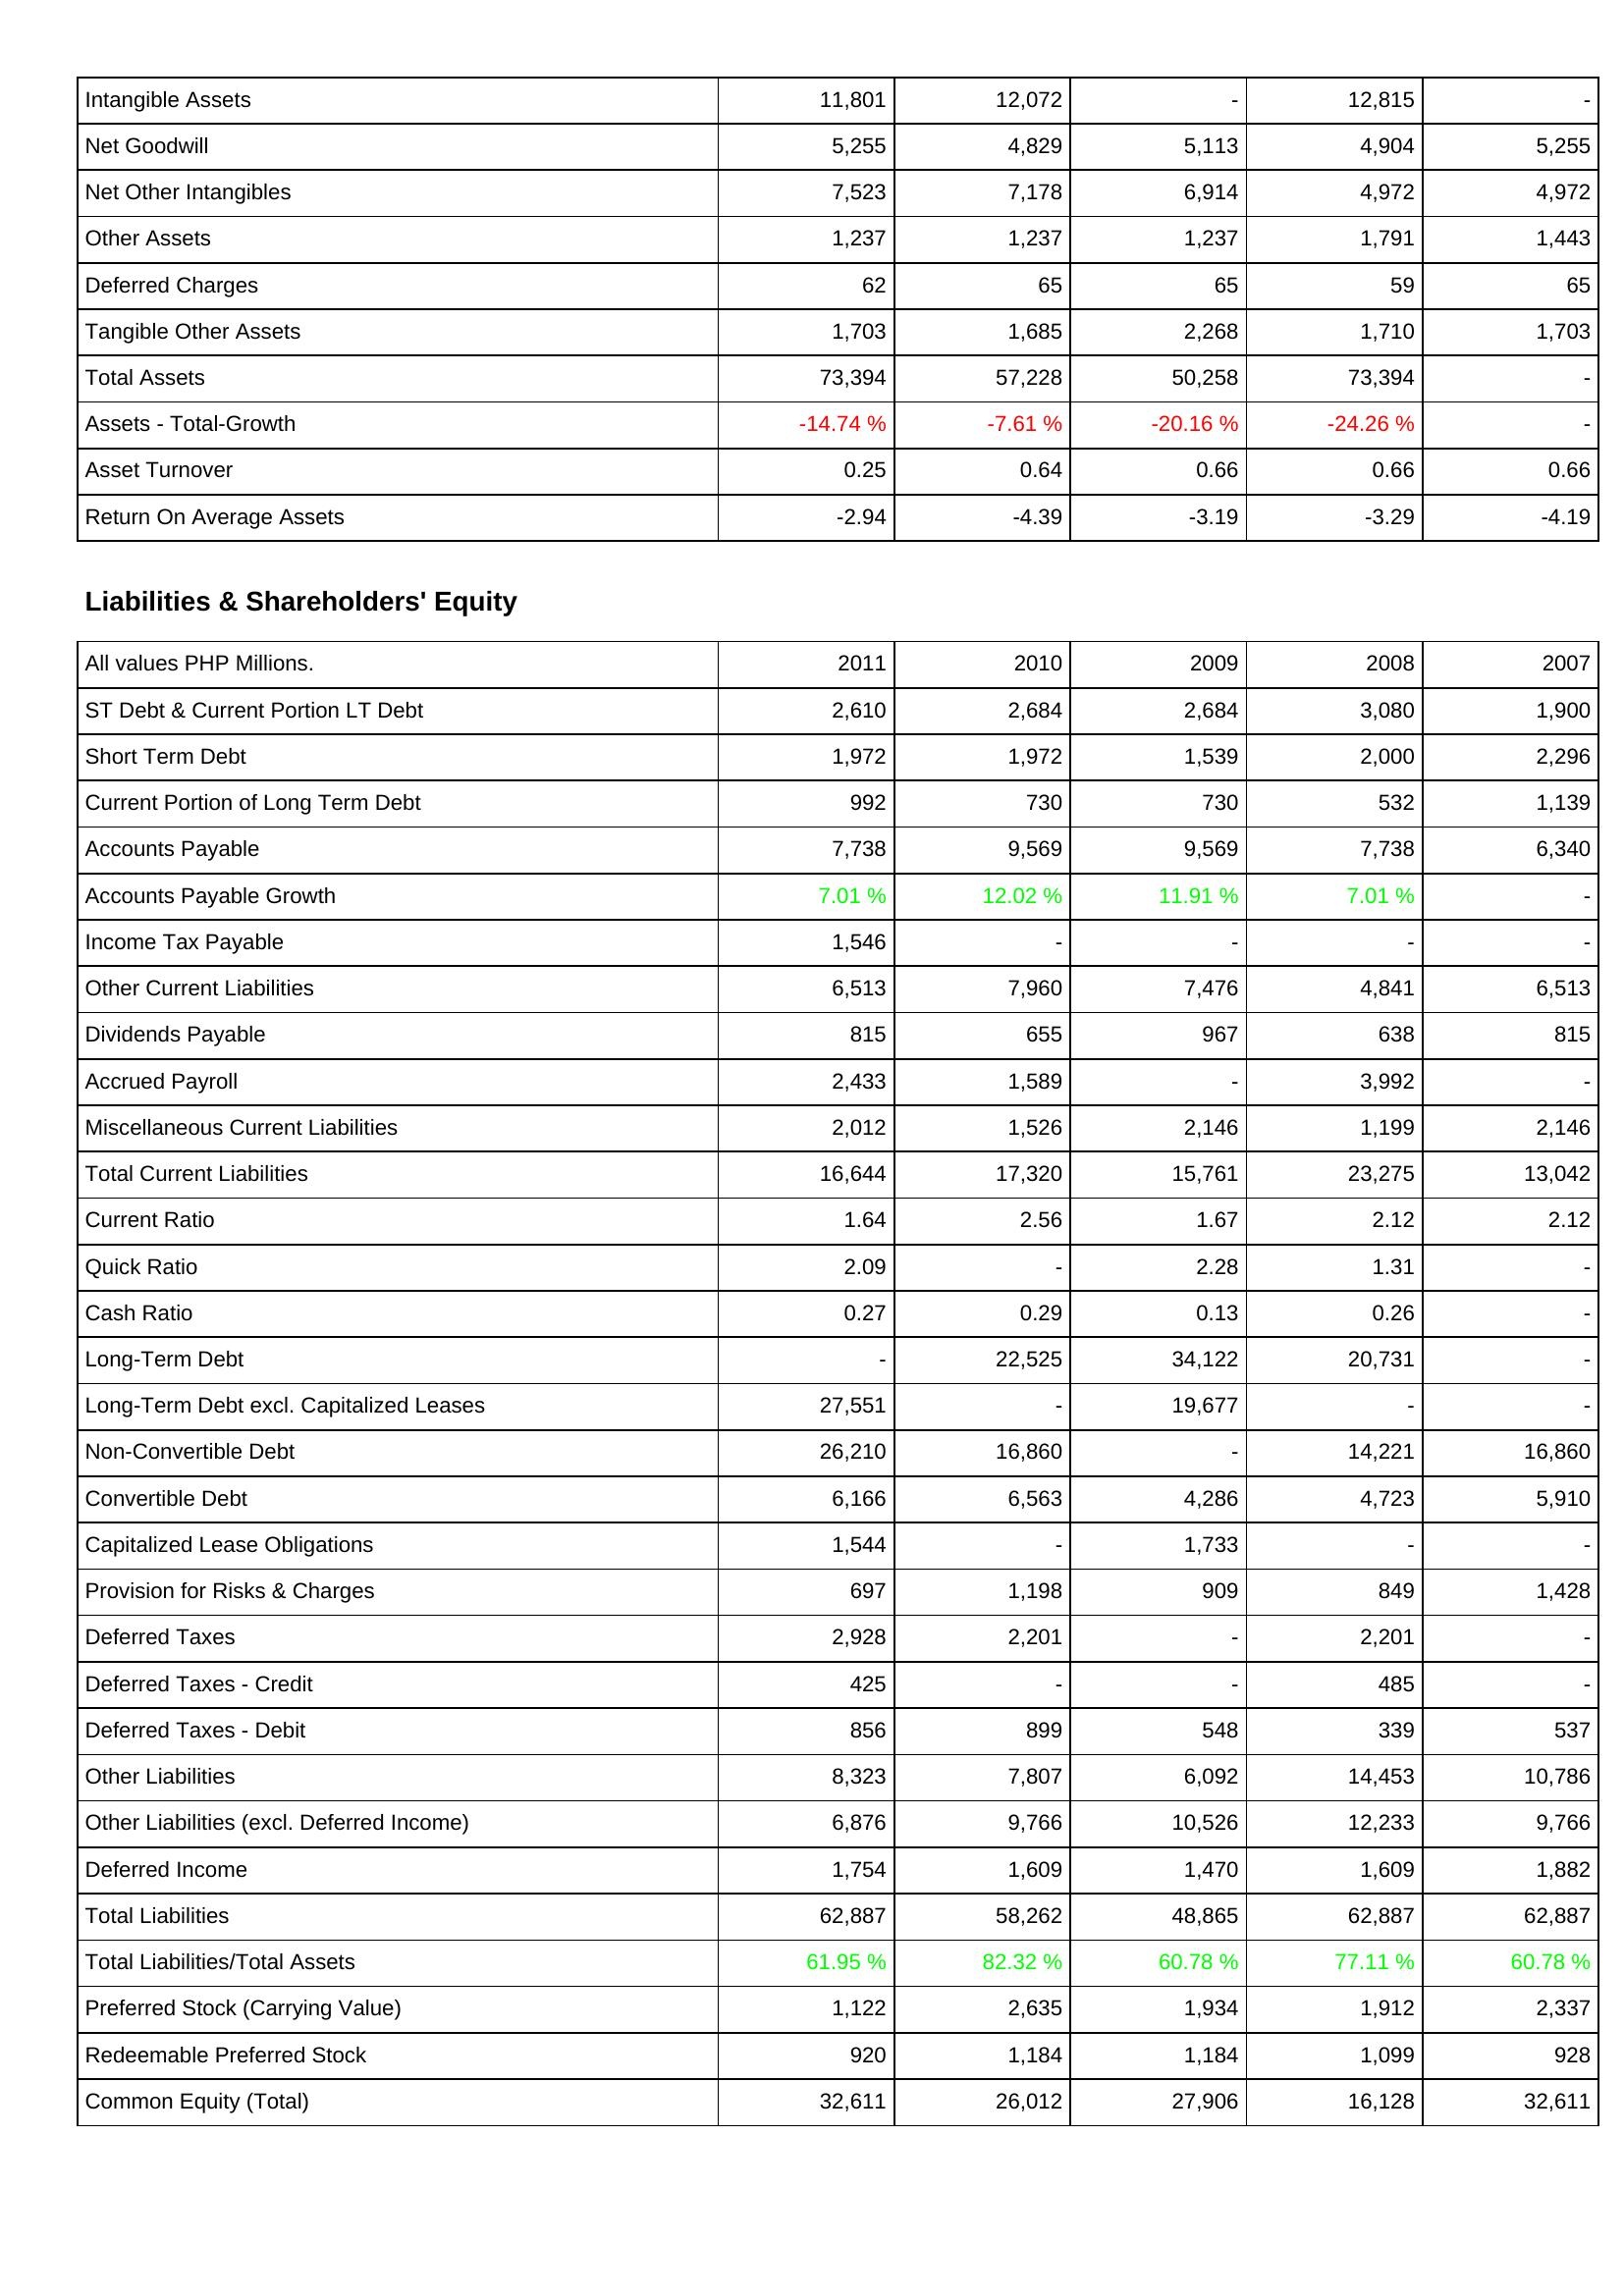
2011: Assets: Intangible Assets: 11,801
Net Goodwill: 5,255
Net Other Intangibles: 7,523
Other Assets: 1,237
Deferred Charges: 62
Tangible Other Assets: 1,703
Total Assets: 73,394
Assets - Total-Growth: -14.74 %
Asset Turnover: 0.25
Return On Average Assets: -2.94
Liabilities & Shareholders' Equity: ST Debt & Current Portion LT Debt: 2,610
Short Term Debt: 1,972
Current Portion of Long Term Debt: 992
Accounts Payable: 7,738
Accounts Payable Growth: 7.01 %
Income Tax Payable: 1,546
Other Current Liabilities: 6,513
Dividends Payable: 815
Accrued Payroll: 2,433
Miscellaneous Current Liabilities: 2,012
Total Current Liabilities: 16,644
Current Ratio: 1.64
Quick Ratio: 2.09
Cash Ratio: 0.27
Long-Term Debt: -
Long-Term Debt excl. Capitalized Leases: 27,551
Non-Convertible Debt: 26,210
Convertible Debt: 6,166
Capitalized Lease Obligations: 1,544
Provision for Risks & Charges: 697
Deferred Taxes: 2,928
Deferred Taxes - Credit: 425
Deferred Taxes - Debit: 856
Other Liabilities: 8,323
Other Liabilities (excl. Deferred Income): 6,876
Deferred Income: 1,754
Total Liabilities: 62,887
Total Liabilities/Total Assets: 61.95 %
Preferred Stock (Carrying Value): 1,122
Redeemable Preferred Stock: 920
Common Equity (Total): 32,611
2010: Assets: Intangible Assets: 12,072
Net Goodwill: 4,829
Net Other Intangibles: 7,178
Other Assets: 1,237
Deferred Charges: 65
Tangible Other Assets: 1,685
Total Assets: 57,228
Assets - Total-Growth: -7.61 %
Asset Turnover: 0.64
Return On Average Assets: -4.39
Liabilities & Shareholders' Equity: ST Debt & Current Portion LT Debt: 2,684
Short Term Debt: 1,972
Current Portion of Long Term Debt: 730
Accounts Payable: 9,569
Accounts Payable Growth: 12.02 %
Income Tax Payable: -
Other Current Liabilities: 7,960
Dividends Payable: 655
Accrued Payroll: 1,589
Miscellaneous Current Liabilities: 1,526
Total Current Liabilities: 17,320
Current Ratio: 2.56
Quick Ratio: -
Cash Ratio: 0.29
Long-Term Debt: 22,525
Long-Term Debt excl. Capitalized Leases: -
Non-Convertible Debt: 16,860
Convertible Debt: 6,563
Capitalized Lease Obligations: -
Provision for Risks & Charges: 1,198
Deferred Taxes: 2,201
Deferred Taxes - Credit: -
Deferred Taxes - Debit: 899
Other Liabilities: 7,807
Other Liabilities (excl. Deferred Income): 9,766
Deferred Income: 1,609
Total Liabilities: 58,262
Total Liabilities/Total Assets: 82.32 %
Preferred Stock (Carrying Value): 2,635
Redeemable Preferred Stock: 1,184
Common Equity (Total): 26,012
2009: Assets: Intangible Assets: -
Net Goodwill: 5,113
Net Other Intangibles: 6,914
Other Assets: 1,237
Deferred Charges: 65
Tangible Other Assets: 2,268
Total Assets: 50,258
Assets - Total-Growth: -20.16 %
Asset Turnover: 0.66
Return On Average Assets: -3.19
Liabilities & Shareholders' Equity: ST Debt & Current Portion LT Debt: 2,684
Short Term Debt: 1,539
Current Portion of Long Term Debt: 730
Accounts Payable: 9,569
Accounts Payable Growth: 11.91 %
Income Tax Payable: -
Other Current Liabilities: 7,476
Dividends Payable: 967
Accrued Payroll: -
Miscellaneous Current Liabilities: 2,146
Total Current Liabilities: 15,761
Current Ratio: 1.67
Quick Ratio: 2.28
Cash Ratio: 0.13
Long-Term Debt: 34,122
Long-Term Debt excl. Capitalized Leases: 19,677
Non-Convertible Debt: -
Convertible Debt: 4,286
Capitalized Lease Obligations: 1,733
Provision for Risks & Charges: 909
Deferred Taxes: -
Deferred Taxes - Credit: -
Deferred Taxes - Debit: 548
Other Liabilities: 6,092
Other Liabilities (excl. Deferred Income): 10,526
Deferred Income: 1,470
Total Liabilities: 48,865
Total Liabilities/Total Assets: 60.78 %
Preferred Stock (Carrying Value): 1,934
Redeemable Preferred Stock: 1,184
Common Equity (Total): 27,906
2008: Assets: Intangible Assets: 12,815
Net Goodwill: 4,904
Net Other Intangibles: 4,972
Other Assets: 1,791
Deferred Charges: 59
Tangible Other Assets: 1,710
Total Assets: 73,394
Assets - Total-Growth: -24.26 %
Asset Turnover: 0.66
Return On Average Assets: -3.29
Liabilities & Shareholders' Equity: ST Debt & Current Portion LT Debt: 3,080
Short Term Debt: 2,000
Current Portion of Long Term Debt: 532
Accounts Payable: 7,738
Accounts Payable Growth: 7.01 %
Income Tax Payable: -
Other Current Liabilities: 4,841
Dividends Payable: 638
Accrued Payroll: 3,992
Miscellaneous Current Liabilities: 1,199
Total Current Liabilities: 23,275
Current Ratio: 2.12
Quick Ratio: 1.31
Cash Ratio: 0.26
Long-Term Debt: 20,731
Long-Term Debt excl. Capitalized Leases: -
Non-Convertible Debt: 14,221
Convertible Debt: 4,723
Capitalized Lease Obligations: -
Provision for Risks & Charges: 849
Deferred Taxes: 2,201
Deferred Taxes - Credit: 485
Deferred Taxes - Debit: 339
Other Liabilities: 14,453
Other Liabilities (excl. Deferred Income): 12,233
Deferred Income: 1,609
Total Liabilities: 62,887
Total Liabilities/Total Assets: 77.11 %
Preferred Stock (Carrying Value): 1,912
Redeemable Preferred Stock: 1,099
Common Equity (Total): 16,128
2007: Assets: Intangible Assets: -
Net Goodwill: 5,255
Net Other Intangibles: 4,972
Other Assets: 1,443
Deferred Charges: 65
Tangible Other Assets: 1,703
Total Assets: -
Assets - Total-Growth: -
Asset Turnover: 0.66
Return On Average Assets: -4.19
Liabilities & Shareholders' Equity: ST Debt & Current Portion LT Debt: 1,900
Short Term Debt: 2,296
Current Portion of Long Term Debt: 1,139
Accounts Payable: 6,340
Accounts Payable Growth: -
Income Tax Payable: -
Other Current Liabilities: 6,513
Dividends Payable: 815
Accrued Payroll: -
Miscellaneous Current Liabilities: 2,146
Total Current Liabilities: 13,042
Current Ratio: 2.12
Quick Ratio: -
Cash Ratio: -
Long-Term Debt: -
Long-Term Debt excl. Capitalized Leases: -
Non-Convertible Debt: 16,860
Convertible Debt: 5,910
Capitalized Lease Obligations: -
Provision for Risks & Charges: 1,428
Deferred Taxes: -
Deferred Taxes - Credit: -
Deferred Taxes - Debit: 537
Other Liabilities: 10,786
Other Liabilities (excl. Deferred Income): 9,766
Deferred Income: 1,882
Total Liabilities: 62,887
Total Liabilities/Total Assets: 60.78 %
Preferred Stock (Carrying Value): 2,337
Redeemable Preferred Stock: 928
Common Equity (Total): 32,611